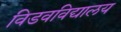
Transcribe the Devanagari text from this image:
विडवविद्यालय